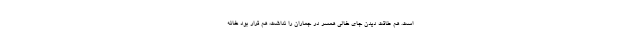
است. هم طاقت دیدن جای خالی همسر در جماران را نداشت، هم قرار بود خانه